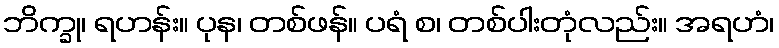
ဘိက္ခု၊ ရဟန်း။ ပုန၊ တစ်ဖန်။ ပရံ စ၊ တစ်ပါးတုံလည်း။ အရဟံ၊